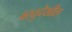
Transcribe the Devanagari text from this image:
वस्तुदेखील